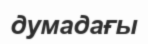
думадағы